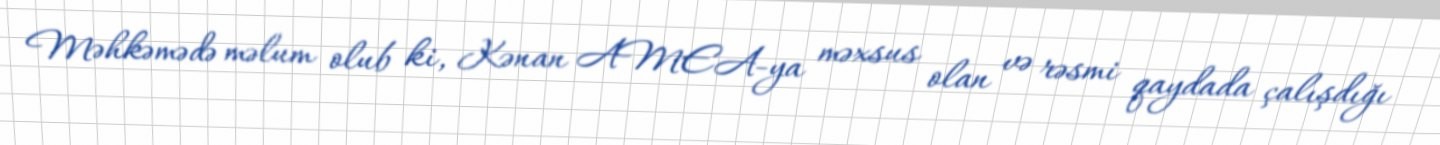
Məhkəmədə məlum olub ki, Kənan AMEA-ya məxsus olan və rəsmi qaydada çalışdığı